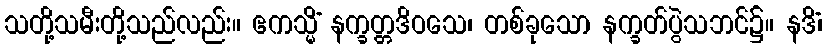
သတို့သမီးတို့သည်လည်း။ ဧကသ္မိံ နက္ခတ္တဒိဝသေ၊ တစ်ခုသော နက္ခတ်ပွဲသဘင်၌။ နဒိံ၊